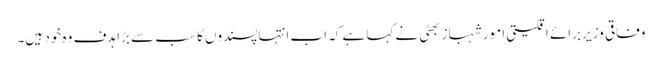
وفاقی وزیر برائے اقلیتی امور شہباز بھٹی نے کہا ہے کہ اب انتہاپسندوں کا سب سے بڑا ہدف وہ خود ہیں۔